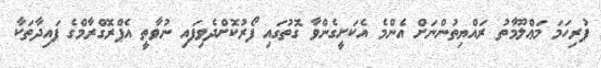
ފުރިހަމަ މަޢްލޫމާތު ރައްޔިތުންނަށް އެންމެ އެކަށީގެންވާ ގޮތުގައި ފޯރުކޮށްދެވިފައި ނުވާތީ އެޕްރޮގްރާމްގެ ފައިދާތަކާ